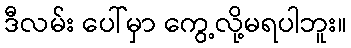
ဒီလမ်း ပေါ်မှာ ကွေ့လို့မရပါဘူး။